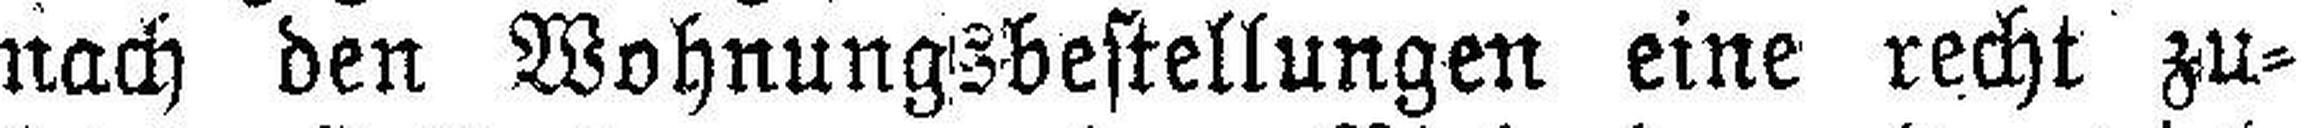
nach den Wohnungsbestellungen eine recht zu¬